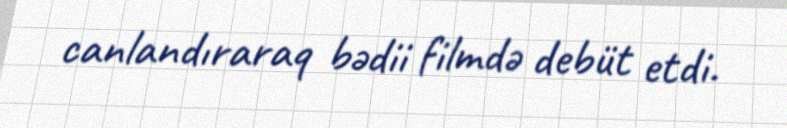
canlandıraraq bədii filmdə debüt etdi.